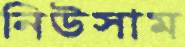
নিউসাম